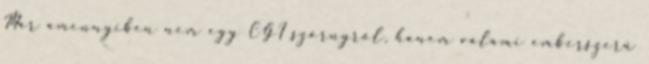
Már amennyiben nem egy CGI szörnyről, hanem valami emberszerű